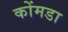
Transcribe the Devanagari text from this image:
कोंमडा